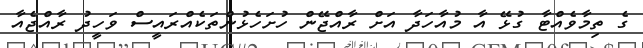
ގެ ތިމާވެއްޓާ ގުޅޭ އާ މުއާހަދާ އަށް ރާއްޖޭން ހުށަހެޅުންތަކެއްރައީސް ވަހީދު ރާއްޖެއާ